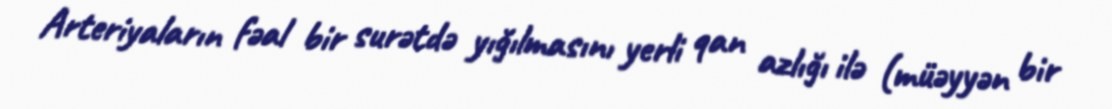
Arteriyaların fəal bir surətdə yığılmasını yerli qan azlığı ilə (müəyyən bir